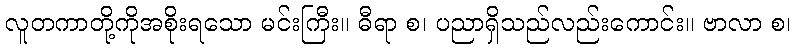
လူတကာတို့ကိုအစိုးရသော မင်းကြီး။ ဓီရာ စ၊ ပညာရှိသည်လည်းကောင်း။ ဗာလာ စ၊